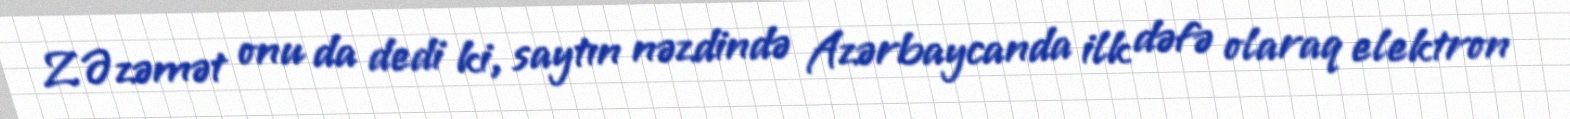
Z.Əzəmət onu da dedi ki, saytın nəzdində Azərbaycanda ilk dəfə olaraq elektron